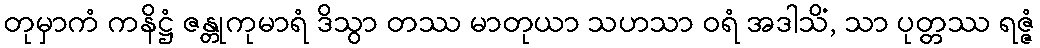
တုမှာကံ ကနိဋ္ဌံ ဇန္တုကုမာရံ ဒိသွာ တဿ မာတုယာ သဟသာ ဝရံ အဒါသိံ, သာ ပုတ္တဿ ရဇ္ဇံ